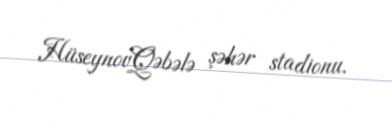
HüseynovQəbələ şəhər stadionu.